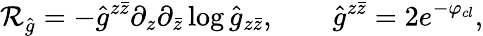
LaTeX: \mathcal{R}_{\hat{{g}}}=-{\hat{{g}}}^{z\bar{{z}}}\partial_{z}\partial_{\bar{{z}}}\log{\hat{{g}}}_{z\bar{{z}}},\qquad\hat{{g}}^{z\bar{{z}}}=2e^{-\varphi_{cl}},